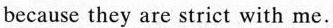
because they are strict with me.